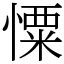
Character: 憟